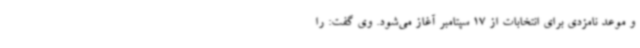
و موعد نامزدی برای انتخابات از 17 سپتامبر آغاز می‌شود. وی گفت: را